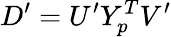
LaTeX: D^{\prime}=U^{\prime}Y_{p}^{T}V^{\prime}